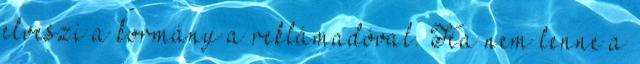
elveszi a kormány a reklámadóval. Ha nem lenne a